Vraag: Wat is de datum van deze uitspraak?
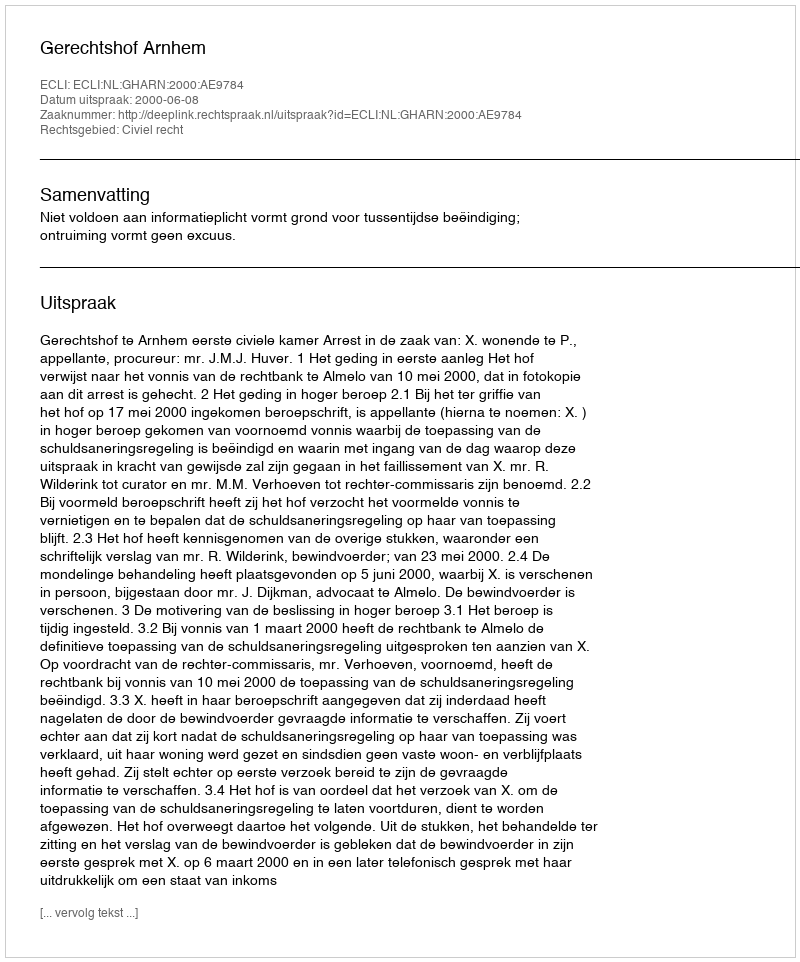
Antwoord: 2000-06-08